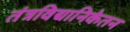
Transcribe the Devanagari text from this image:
तंत्रविद्यानिकेतन